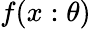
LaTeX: f(x:\theta)